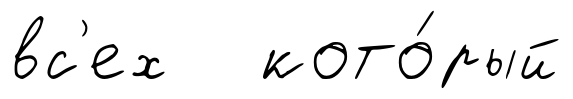
вс'ех кото́рый